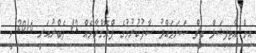
އިން އާޓިފިޝަލް ބީޗް ސަރަޙައްދު ސާފުކުރުމުގެ ޕްރޮގްރާމެއް 12 ފެބްރުއަރީ 2016 ވީ